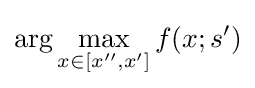
\arg \max _{x\in [x'',x']}f(x;s')